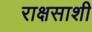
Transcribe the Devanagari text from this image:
राक्षसाशी